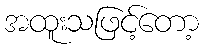
အထူးသဖြင့်တော့